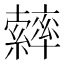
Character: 𦆽